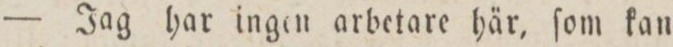
— Jag har ingen arbetare här, ſom kan